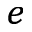
_ e